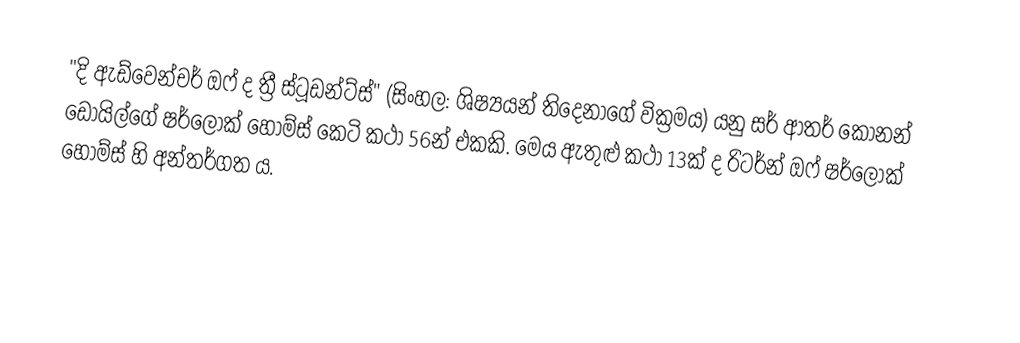
"දි ඇඩ්වෙන්චර් ඔෆ් ද ත්‍රී ස්ටූඩන්ට්ස්" (සිංහල: ශිෂ්‍යයන් තිදෙනාගේ වික්‍රමය) ‍යනු සර් ආතර් කොනන් ඩොයිල්ගේ ෂර්ලොක් හෝම්ස් කෙටි කථා 56න් එකකි. මෙය ඇතුළු කථා 13ක් ද රිටර්න් ඔෆ් ෂර්ලොක් හෝම්ස් හි අන්තර්ගත ය.